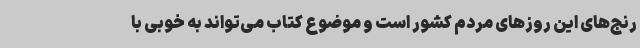
رنج‌های این روزهای مردم کشور است و موضوع کتاب می‌تواند به خوبی با